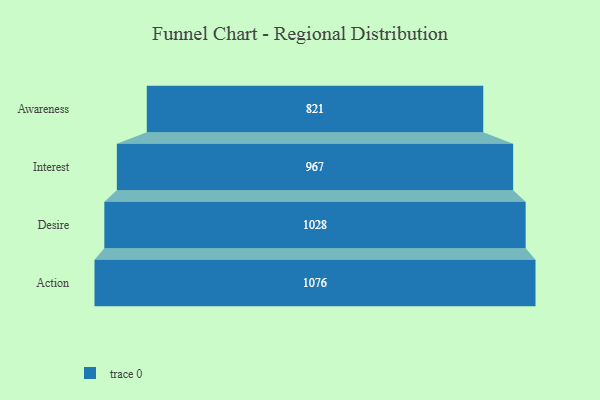
{"axis": {"x": "Stage", "y": "Value"}, "legend": [""], "data": [{"x": "Awareness", "y": 821.0, "type": ""}, {"x": "Interest", "y": 967.0, "type": ""}, {"x": "Desire", "y": 1028.0, "type": ""}, {"x": "Action", "y": 1076.0, "type": ""}]}